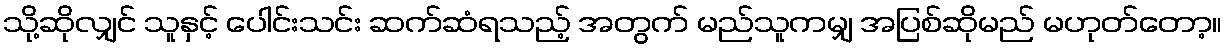
သို့ဆိုလျှင် သူနှင့် ပေါင်းသင်း ဆက်ဆံရသည့် အတွက် မည်သူကမျှ အပြစ်ဆိုမည် မဟုတ်တော့။